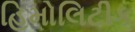
હિમોલિટીક